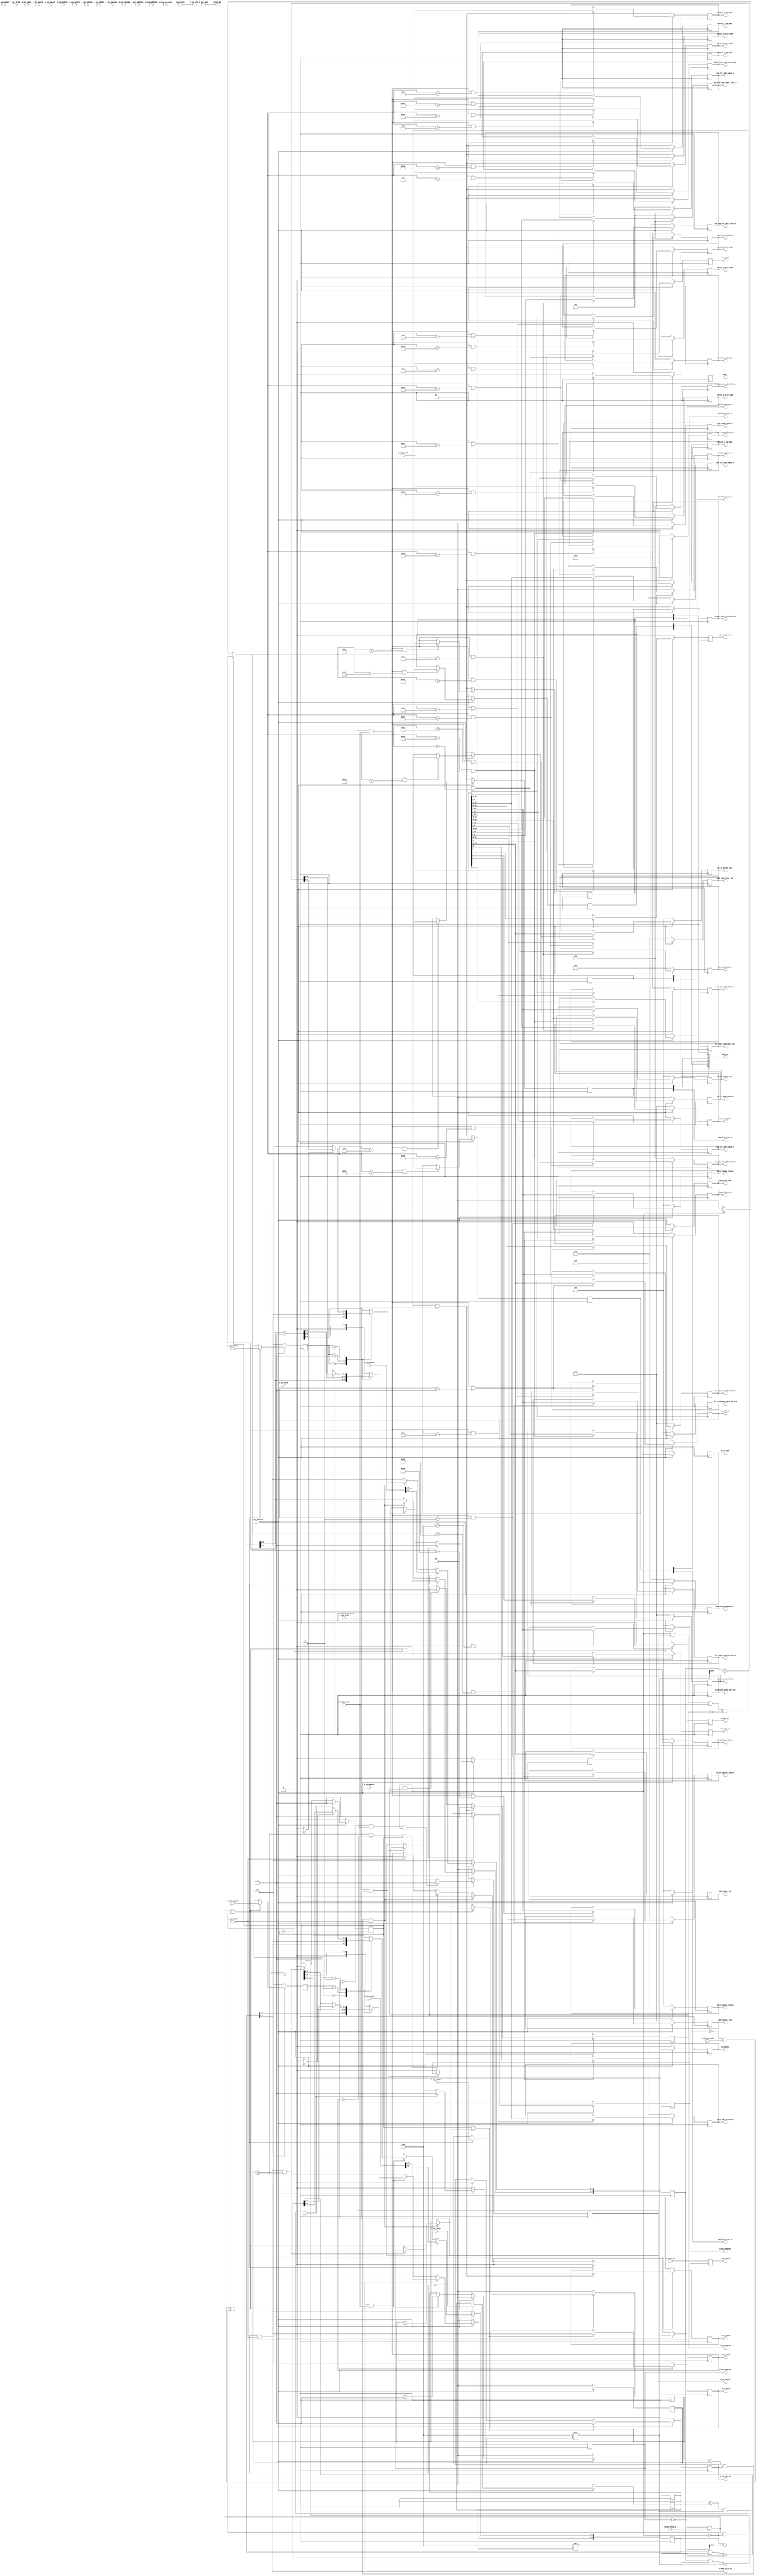

`timescale 1 ns / 1 ps

	module axi_mem #
	(
		// Users to add parameters here

		// User parameters ends
		// Do not modify the parameters beyond this line

		// Width of ID for for write address, write data, read address and read data
		parameter integer C_S_AXI_ID_WIDTH	= 1,
		// Width of S_AXI data bus
		parameter integer C_S_AXI_DATA_WIDTH	= 32,
		// Width of S_AXI address bus
		parameter integer C_S_AXI_ADDR_WIDTH	= 10,
		// Width of optional user defined signal in write address channel
		parameter integer C_S_AXI_AWUSER_WIDTH	= 0,
		// Width of optional user defined signal in read address channel
		parameter integer C_S_AXI_ARUSER_WIDTH	= 0,
		// Width of optional user defined signal in write data channel
		parameter integer C_S_AXI_WUSER_WIDTH	= 0,
		// Width of optional user defined signal in read data channel
		parameter integer C_S_AXI_RUSER_WIDTH	= 0,
		// Width of optional user defined signal in write response channel
		parameter integer C_S_AXI_BUSER_WIDTH	= 0
	)
	(
		// Users to add ports here
		// general layer parameters and start signal
		output wire Start,

		output wire max_pool_en,

		output wire expand_en,

		output wire in_layer_ddr3_data_rdy,

		output wire [15:0] No_of_input_layers,

		output wire [15:0] No_of_rows,

		output wire [15:0] No_of_cols,

		// processing module specific parameters
		output  wire 			[15:0] 									No_of_expand_layers,
		output  wire 			[15:0] 									No_of_squeeze_layers,

		// input layer specific parameter
		output  wire 			[31:0]									input_layer_axi_start_addr,
		output  wire 													larger_block_en,
		output  wire 			[15:0]									allocated_space_per_row,
		output  wire 													stride2en,
		output  wire 			[7:0]									burst_per_row,
		output  wire 			[3:0]									read_burst_len,

		// parameters for kernel loader

		output 					[4:0]									skip_en,

		output  wire 			[31:0]									kernel_0_start_addr,
		output  wire 			[31:0]									kernel_0_end_addr,
		output															kernel_0_wrap_en,

		output  wire 			[31:0]									kernel_1_start_addr,
		output  wire 			[31:0]									kernel_1_end_addr,
		output															kernel_1_wrap_en,

		output  wire 			[31:0]									kernel_2_start_addr,
		output  wire 			[31:0]									kernel_2_end_addr,
		output															kernel_2_wrap_en,

		output  wire 			[31:0]									kernel_3_start_addr,
		output  wire 			[31:0]									kernel_3_end_addr,
		output															kernel_3_wrap_en,

		output  wire 			[31:0]									kernel_4_start_addr,
		output  wire 			[31:0]									kernel_4_end_addr,
		output															kernel_4_wrap_en,


		// parameters for output layer

		output  wire 			[15:0] 									No_of_output_layers,
		output  wire 			[15:0] 									No_of_output_rows,
		output  wire 			[15:0] 									No_of_output_cols,
		output  wire 			[31:0] 									output_layer_axi_address,

		output  wire 			 										out_larger_block_en,  				
		output  wire 			[15:0] 									out_allocated_space_per_row,  		
		output  wire 			[7:0] 									out_burst_per_row,  				
		output  wire 			[3:0] 									out_read_burst_len,  				


		// Debug interface
		input   wire            [31:0] 									stream_in,
		output   wire                                            		stream_in_rd_en,
		input 	wire            [7:0]    								stream_in_count,

		// Parameters for FIRE Layer
		output 	reg 													squ_repeat_en_o,
		output 	reg 													avg_en_o,
		output 	reg 			[6:0]  									one_exp_ker_addr_limit_o, 
		output 	reg 			[5:0]  									exp_ker_depth_o, 	  	
		output 	reg 			[6:0] 									layer_dimension_o, 		
		output 	reg 			[11:0] 									tot_exp1_ker_addr_limit_o, 
		output 	reg 			[10:0] 									one_exp_layer_addr_limit_o, 
		output 	reg 			[5:0]  									no_of_exp_kernals_o, 	
		output 	reg 			[7:0]  									exp_123_addr_space_o, 	
		output 	reg 			[7:0]  									exp_12_addr_space_o, 	
		output 	reg 			[7:0]  									exp_1_addr_space_o, 		
		output 	reg 			[10:0] 									exp_tot_addr_space_o, 	
		output 	reg 			[9:0]  									max_tot_addr_space_o, 	
		output 	reg 			[11:0] 									tot_squ_ker_addr_limit_o, 
		output 	reg 			[5:0]  									one_squ_ker_addr_limit_o, 
		output 	reg 			[15:0] 									tot_repeat_squ_kernals_o,
		output 	reg 			[5:0]  									squ_kernals_63_o, 		
		output 	reg 			[8:0]  									tot_squ_addr_limit_o, 	
		output 	reg 			[9:0]  									no_of_squ_kernals_o, 	
		output 	reg 			[8:0]  									squ_3x3_ker_depth_o, 	
		output 	reg 			[6:0]  									squ_layer_dimension_o,
		

		// User ports ends
		// Do not modify the ports beyond this line

		// Global Clock Signal
		input wire  S_AXI_ACLK,
		// Global Reset Signal. This Signal is Active LOW
		input wire  S_AXI_ARESETN,
		// Write Address ID
		input wire [C_S_AXI_ID_WIDTH-1 : 0] S_AXI_AWID,
		// Write address
		input wire [C_S_AXI_ADDR_WIDTH-1 : 0] S_AXI_AWADDR,
		// Burst length. The burst length gives the exact number of transfers in a burst
		input wire [7 : 0] S_AXI_AWLEN,
		// Burst size. This signal indicates the size of each transfer in the burst
		input wire [2 : 0] S_AXI_AWSIZE,
		// Burst type. The burst type and the size information, 
    // determine how the address for each transfer within the burst is calculated.
		input wire [1 : 0] S_AXI_AWBURST,
		// Lock type. Provides additional information about the
    // atomic characteristics of the transfer.
		input wire  S_AXI_AWLOCK,
		// Memory type. This signal indicates how transactions
    // are required to progress through a system.
		input wire [3 : 0] S_AXI_AWCACHE,
		// Protection type. This signal indicates the privilege
    // and security level of the transaction, and whether
    // the transaction is a data access or an instruction access.
		input wire [2 : 0] S_AXI_AWPROT,
		// Quality of Service, QoS identifier sent for each
    // write transaction.
		input wire [3 : 0] S_AXI_AWQOS,
		// Region identifier. Permits a single physical interface
    // on a slave to be used for multiple logical interfaces.
		input wire [3 : 0] S_AXI_AWREGION,
		// Optional User-defined signal in the write address channel.
	//	input wire [C_S_AXI_AWUSER_WIDTH-1 : 0] S_AXI_AWUSER,
		// Write address valid. This signal indicates that
    // the channel is signaling valid write address and
    // control information.
		input wire  S_AXI_AWVALID,
		// Write address ready. This signal indicates that
    // the slave is ready to accept an address and associated
    // control signals.
		output wire  S_AXI_AWREADY,
		// Write Data
		input wire [C_S_AXI_DATA_WIDTH-1 : 0] S_AXI_WDATA,
		// Write strobes. This signal indicates which byte
    // lanes hold valid data. There is one write strobe
    // bit for each eight bits of the write data bus.
		input wire [(C_S_AXI_DATA_WIDTH/8)-1 : 0] S_AXI_WSTRB,
		// Write last. This signal indicates the last transfer
    // in a write burst.
		input wire  S_AXI_WLAST,
		// Optional User-defined signal in the write data channel.
	//	input wire [C_S_AXI_WUSER_WIDTH-1 : 0] S_AXI_WUSER,
		// Write valid. This signal indicates that valid write
    // data and strobes are available.
		input wire  S_AXI_WVALID,
		// Write ready. This signal indicates that the slave
    // can accept the write data.
		output wire  S_AXI_WREADY,
		// Response ID tag. This signal is the ID tag of the
    // write response.
		output wire [C_S_AXI_ID_WIDTH-1 : 0] S_AXI_BID,
		// Write response. This signal indicates the status
    // of the write transaction.
		output wire [1 : 0] S_AXI_BRESP,
		// Optional User-defined signal in the write response channel.
	//	output wire [C_S_AXI_BUSER_WIDTH-1 : 0] S_AXI_BUSER,
		// Write response valid. This signal indicates that the
    // channel is signaling a valid write response.
		output wire  S_AXI_BVALID,
		// Response ready. This signal indicates that the master
    // can accept a write response.
		input wire  S_AXI_BREADY,
		// Read address ID. This signal is the identification
    // tag for the read address group of signals.
		input wire [C_S_AXI_ID_WIDTH-1 : 0] S_AXI_ARID,
		// Read address. This signal indicates the initial
    // address of a read burst transaction.
		input wire [C_S_AXI_ADDR_WIDTH-1 : 0] S_AXI_ARADDR,
		// Burst length. The burst length gives the exact number of transfers in a burst
		input wire [7 : 0] S_AXI_ARLEN,
		// Burst size. This signal indicates the size of each transfer in the burst
		input wire [2 : 0] S_AXI_ARSIZE,
		// Burst type. The burst type and the size information, 
    // determine how the address for each transfer within the burst is calculated.
		input wire [1 : 0] S_AXI_ARBURST,
		// Lock type. Provides additional information about the
    // atomic characteristics of the transfer.
		input wire  S_AXI_ARLOCK,
		// Memory type. This signal indicates how transactions
    // are required to progress through a system.
		input wire [3 : 0] S_AXI_ARCACHE,
		// Protection type. This signal indicates the privilege
    // and security level of the transaction, and whether
    // the transaction is a data access or an instruction access.
		input wire [2 : 0] S_AXI_ARPROT,
		// Quality of Service, QoS identifier sent for each
    // read transaction.
		input wire [3 : 0] S_AXI_ARQOS,
		// Region identifier. Permits a single physical interface
    // on a slave to be used for multiple logical interfaces.
		input wire [3 : 0] S_AXI_ARREGION,
		// Optional User-defined signal in the read address channel.
	//	input wire [C_S_AXI_ARUSER_WIDTH-1 : 0] S_AXI_ARUSER,
		// Write address valid. This signal indicates that
    // the channel is signaling valid read address and
    // control information.
		input wire  S_AXI_ARVALID,
		// Read address ready. This signal indicates that
    // the slave is ready to accept an address and associated
    // control signals.
		output wire  S_AXI_ARREADY,
		// Read ID tag. This signal is the identification tag
    // for the read data group of signals generated by the slave.
		output wire [C_S_AXI_ID_WIDTH-1 : 0] S_AXI_RID,
		// Read Data
		output wire [C_S_AXI_DATA_WIDTH-1 : 0] S_AXI_RDATA,
		// Read response. This signal indicates the status of
    // the read transfer.
		output wire [1 : 0] S_AXI_RRESP,
		// Read last. This signal indicates the last transfer
    // in a read burst.
		output wire  S_AXI_RLAST,
		// Optional User-defined signal in the read address channel.
	//	output wire [C_S_AXI_RUSER_WIDTH-1 : 0] S_AXI_RUSER,
		// Read valid. This signal indicates that the channel
    // is signaling the required read data.
		output wire  S_AXI_RVALID,
		// Read ready. This signal indicates that the master can
    // accept the read data and response information.
		input wire  S_AXI_RREADY
	);

	// AXI4FULL signals
	reg [C_S_AXI_ADDR_WIDTH-1 : 0] 	axi_awaddr;
	reg  	axi_awready;
	reg  	axi_wready;
	reg [1 : 0] 	axi_bresp;
	reg [C_S_AXI_BUSER_WIDTH-1 : 0] 	axi_buser;
	reg  	axi_bvalid;
	reg [C_S_AXI_ADDR_WIDTH-1 : 0] 	axi_araddr;
	reg  	axi_arready;
	reg [C_S_AXI_DATA_WIDTH-1 : 0] 	axi_rdata;
	reg [1 : 0] 	axi_rresp;
	reg  	axi_rlast;
	reg [C_S_AXI_RUSER_WIDTH-1 : 0] 	axi_ruser;
	reg  	axi_rvalid;
	// aw_wrap_en determines wrap boundary and enables wrapping
	wire aw_wrap_en;
	// ar_wrap_en determines wrap boundary and enables wrapping
	wire ar_wrap_en;
	// aw_wrap_size is the size of the write transfer, the
	// write address wraps to a lower address if upper address
	// limit is reached
	wire [31:0]  aw_wrap_size ; 
	// ar_wrap_size is the size of the read transfer, the
	// read address wraps to a lower address if upper address
	// limit is reached
	wire [31:0]  ar_wrap_size ; 
	// The axi_awv_awr_flag flag marks the presence of write address valid
	reg axi_awv_awr_flag;
	//The axi_arv_arr_flag flag marks the presence of read address valid
	reg axi_arv_arr_flag; 
	// The axi_awlen_cntr internal write address counter to keep track of beats in a burst transaction
	reg [7:0] axi_awlen_cntr;
	//The axi_arlen_cntr internal read address counter to keep track of beats in a burst transaction
	reg [7:0] axi_arlen_cntr;
	reg [1:0] axi_arburst;
	reg [1:0] axi_awburst;
	reg [7:0] axi_arlen;
	reg [7:0] axi_awlen;
	//local parameter for addressing 32 bit / 64 bit C_S_AXI_DATA_WIDTH
	//ADDR_LSB is used for addressing 32/64 bit registers/memories
	//ADDR_LSB = 2 for 32 bits (n downto 2) 
	//ADDR_LSB = 3 for 42 bits (n downto 3)

	localparam integer ADDR_LSB = (C_S_AXI_DATA_WIDTH/32)+ 1;
	localparam integer OPT_MEM_ADDR_BITS = 7;
	localparam integer USER_NUM_MEM = 1;
	//----------------------------------------------
	//-- Signals for user logic memory space example
	//------------------------------------------------
	wire [OPT_MEM_ADDR_BITS:0] mem_address;
	wire [USER_NUM_MEM-1:0] mem_select;
	reg [C_S_AXI_DATA_WIDTH-1:0] mem_data_out[0 : USER_NUM_MEM-1];

	genvar i;
	genvar j;
	genvar mem_byte_index;

	// I/O Connections assignments

	assign S_AXI_AWREADY	= axi_awready;
	assign S_AXI_WREADY	= axi_wready;
	assign S_AXI_BRESP	= axi_bresp;
	assign S_AXI_BUSER	= axi_buser;
	assign S_AXI_BVALID	= axi_bvalid;
	assign S_AXI_ARREADY	= axi_arready;
	assign S_AXI_RDATA	= axi_rdata;
	assign S_AXI_RRESP	= axi_rresp;
	assign S_AXI_RLAST	= axi_rlast;
	assign S_AXI_RUSER	= axi_ruser;
	assign S_AXI_RVALID	= axi_rvalid;
	assign S_AXI_BID = S_AXI_AWID;
	assign S_AXI_RID = S_AXI_ARID;
	assign  aw_wrap_size = (C_S_AXI_DATA_WIDTH/8 * (axi_awlen)); 
	assign  ar_wrap_size = (C_S_AXI_DATA_WIDTH/8 * (axi_arlen)); 
	assign  aw_wrap_en = ((axi_awaddr & aw_wrap_size) == aw_wrap_size)? 1'b1: 1'b0;
	assign  ar_wrap_en = ((axi_araddr & ar_wrap_size) == ar_wrap_size)? 1'b1: 1'b0;
	assign S_AXI_BUSER = 0;

	// Implement axi_awready generation

	// axi_awready is asserted for one S_AXI_ACLK clock cycle when both
	// S_AXI_AWVALID and S_AXI_WVALID are asserted. axi_awready is
	// de-asserted when reset is low.

	always @( posedge S_AXI_ACLK )
	begin
	  if ( S_AXI_ARESETN == 1'b0 )
	    begin
	      axi_awready <= 1'b0;
	      axi_awv_awr_flag <= 1'b0;
	    end 
	  else
	    begin    
	      if (~axi_awready && S_AXI_AWVALID && ~axi_awv_awr_flag && ~axi_arv_arr_flag)
	        begin
	          // slave is ready to accept an address and
	          // associated control signals
	          axi_awready <= 1'b1;
	          axi_awv_awr_flag  <= 1'b1; 
	          // used for generation of bresp() and bvalid
	        end
	      else if (S_AXI_WLAST && axi_wready)          
	      // preparing to accept next address after current write burst tx completion
	        begin
	          axi_awv_awr_flag  <= 1'b0;
	        end
	      else        
	        begin
	          axi_awready <= 1'b0;
	        end
	    end 
	end       
	// Implement axi_awaddr latching

	// This process is used to latch the address when both 
	// S_AXI_AWVALID and S_AXI_WVALID are valid. 

	always @( posedge S_AXI_ACLK )
	begin
	  if ( S_AXI_ARESETN == 1'b0 )
	    begin
	      axi_awaddr <= 0;
	      axi_awlen_cntr <= 0;
	      axi_awburst <= 0;
	      axi_awlen <= 0;
	    end 
	  else
	    begin    
	      if (~axi_awready && S_AXI_AWVALID && ~axi_awv_awr_flag)
	        begin
	          // address latching 
	          axi_awaddr <= S_AXI_AWADDR[C_S_AXI_ADDR_WIDTH - 1:0];  
	           axi_awburst <= S_AXI_AWBURST; 
	           axi_awlen <= S_AXI_AWLEN;     
	          // start address of transfer
	          axi_awlen_cntr <= 0;
	        end   
	      else if((axi_awlen_cntr <= axi_awlen) && axi_wready && S_AXI_WVALID)        
	        begin

	          axi_awlen_cntr <= axi_awlen_cntr + 1;

	          case (axi_awburst)
	            2'b00: // fixed burst
	            // The write address for all the beats in the transaction are fixed
	              begin
	                axi_awaddr <= axi_awaddr;          
	                //for awsize = 4 bytes (010)
	              end   
	            2'b01: //incremental burst
	            // The write address for all the beats in the transaction are increments by awsize
	              begin
	                axi_awaddr[C_S_AXI_ADDR_WIDTH - 1:ADDR_LSB] <= axi_awaddr[C_S_AXI_ADDR_WIDTH - 1:ADDR_LSB] + 1;
	                //awaddr aligned to 4 byte boundary
	                axi_awaddr[ADDR_LSB-1:0]  <= {ADDR_LSB{1'b0}};   
	                //for awsize = 4 bytes (010)
	              end   
	            2'b10: //Wrapping burst
	            // The write address wraps when the address reaches wrap boundary 
	              if (aw_wrap_en)
	                begin
	                  axi_awaddr <= (axi_awaddr - aw_wrap_size); 
	                end
	              else 
	                begin
	                  axi_awaddr[C_S_AXI_ADDR_WIDTH - 1:ADDR_LSB] <= axi_awaddr[C_S_AXI_ADDR_WIDTH - 1:ADDR_LSB] + 1;
	                  axi_awaddr[ADDR_LSB-1:0]  <= {ADDR_LSB{1'b0}}; 
	                end                      
	            default: //reserved (incremental burst for example)
	              begin
	                axi_awaddr <= axi_awaddr[C_S_AXI_ADDR_WIDTH - 1:ADDR_LSB] + 1;
	                //for awsize = 4 bytes (010)
	              end
	          endcase              
	        end
	    end 
	end       
	// Implement axi_wready generation

	// axi_wready is asserted for one S_AXI_ACLK clock cycle when both
	// S_AXI_AWVALID and S_AXI_WVALID are asserted. axi_wready is 
	// de-asserted when reset is low. 

	always @( posedge S_AXI_ACLK )
	begin
	  if ( S_AXI_ARESETN == 1'b0 )
	    begin
	      axi_wready <= 1'b0;
	    end 
	  else
	    begin    
	      if ( ~axi_wready && S_AXI_WVALID && axi_awv_awr_flag)
	        begin
	          // slave can accept the write data
	          axi_wready <= 1'b1;
	        end
	      //else if (~axi_awv_awr_flag)
	      else if (S_AXI_WLAST && axi_wready)
	        begin
	          axi_wready <= 1'b0;
	        end
	    end 
	end       
	// Implement write response logic generation

	// The write response and response valid signals are asserted by the slave 
	// when axi_wready, S_AXI_WVALID, axi_wready and S_AXI_WVALID are asserted.  
	// This marks the acceptance of address and indicates the status of 
	// write transaction.

	always @( posedge S_AXI_ACLK )
	begin
	  if ( S_AXI_ARESETN == 1'b0 )
	    begin
	      axi_bvalid <= 0;
	      axi_bresp <= 2'b0;
	    end 
	  else
	    begin    
	      if (axi_awv_awr_flag && axi_wready && S_AXI_WVALID && ~axi_bvalid && S_AXI_WLAST )
	        begin
	          axi_bvalid <= 1'b1;
	          axi_bresp  <= 2'b0; 
	          // 'OKAY' response 
	        end                   
	      else
	        begin
	          if (S_AXI_BREADY && axi_bvalid) 
	          //check if bready is asserted while bvalid is high) 
	          //(there is a possibility that bready is always asserted high)   
	            begin
	              axi_bvalid <= 1'b0; 
	            end  
	        end
	    end
	 end   
	// Implement axi_arready generation

	// axi_arready is asserted for one S_AXI_ACLK clock cycle when
	// S_AXI_ARVALID is asserted. axi_awready is 
	// de-asserted when reset (active low) is asserted. 
	// The read address is also latched when S_AXI_ARVALID is 
	// asserted. axi_araddr is reset to zero on reset assertion.

	always @( posedge S_AXI_ACLK )
	begin
	  if ( S_AXI_ARESETN == 1'b0 )
	    begin
	      axi_arready <= 1'b0;
	      axi_arv_arr_flag <= 1'b0;
	    end 
	  else
	    begin    
	      if (~axi_arready && S_AXI_ARVALID && ~axi_awv_awr_flag && ~axi_arv_arr_flag)
	        begin
	          axi_arready <= 1'b1;
	          axi_arv_arr_flag <= 1'b1;
	        end
	      else if (axi_rvalid && S_AXI_RREADY && axi_arlen_cntr == axi_arlen)
	      // preparing to accept next address after current read completion
	        begin
	          axi_arv_arr_flag  <= 1'b0;
	        end
	      else        
	        begin
	          axi_arready <= 1'b0;
	        end
	    end 
	end       
	// Implement axi_araddr latching

	//This process is used to latch the address when both 
	//S_AXI_ARVALID and S_AXI_RVALID are valid. 
	always @( posedge S_AXI_ACLK )
	begin
	  if ( S_AXI_ARESETN == 1'b0 )
	    begin
	      axi_araddr <= 0;
	      axi_arlen_cntr <= 0;
	      axi_arburst <= 0;
	      axi_arlen <= 0;
	      axi_rlast <= 1'b0;
	    end 
	  else
	    begin    
	      if (~axi_arready && S_AXI_ARVALID && ~axi_arv_arr_flag)
	        begin
	          // address latching 
	          axi_araddr <= S_AXI_ARADDR[C_S_AXI_ADDR_WIDTH - 1:0]; 
	          axi_arburst <= S_AXI_ARBURST; 
	          axi_arlen <= S_AXI_ARLEN;     
	          // start address of transfer
	          axi_arlen_cntr <= 0;
	          axi_rlast <= 1'b0;
	        end   
	      else if((axi_arlen_cntr <= axi_arlen) && axi_rvalid && S_AXI_RREADY)        
	        begin
	         
	          axi_arlen_cntr <= axi_arlen_cntr + 1;
	          axi_rlast <= 1'b0;
	        
	          case (axi_arburst)
	            2'b00: // fixed burst
	             // The read address for all the beats in the transaction are fixed
	              begin
	                axi_araddr       <= axi_araddr;        
	                //for arsize = 4 bytes (010)
	              end   
	            2'b01: //incremental burst
	            // The read address for all the beats in the transaction are increments by awsize
	              begin
	                axi_araddr[C_S_AXI_ADDR_WIDTH - 1:ADDR_LSB] <= axi_araddr[C_S_AXI_ADDR_WIDTH - 1:ADDR_LSB] + 1; 
	                //araddr aligned to 4 byte boundary
	                axi_araddr[ADDR_LSB-1:0]  <= {ADDR_LSB{1'b0}};   
	                //for awsize = 4 bytes (010)
	              end   
	            2'b10: //Wrapping burst
	            // The read address wraps when the address reaches wrap boundary 
	              if (ar_wrap_en) 
	                begin
	                  axi_araddr <= (axi_araddr - ar_wrap_size); 
	                end
	              else 
	                begin
	                axi_araddr[C_S_AXI_ADDR_WIDTH - 1:ADDR_LSB] <= axi_araddr[C_S_AXI_ADDR_WIDTH - 1:ADDR_LSB] + 1; 
	                //araddr aligned to 4 byte boundary
	                axi_araddr[ADDR_LSB-1:0]  <= {ADDR_LSB{1'b0}};   
	                end                      
	            default: //reserved (incremental burst for example)
	              begin
	                axi_araddr <= axi_araddr[C_S_AXI_ADDR_WIDTH - 1:ADDR_LSB]+1;
	                //for arsize = 4 bytes (010)
	              end
	          endcase              
	        end
	      else if((axi_arlen_cntr == axi_arlen) && ~axi_rlast && axi_arv_arr_flag )   
	        begin
	          axi_rlast <= 1'b1;
	        end          
	      else if (S_AXI_RREADY)   
	        begin
	          axi_rlast <= 1'b0;
	        end          
	    end 
	end       
	// Implement axi_arvalid generation

	// axi_rvalid is asserted for one S_AXI_ACLK clock cycle when both 
	// S_AXI_ARVALID and axi_arready are asserted. The slave registers 
	// data are available on the axi_rdata bus at this instance. The 
	// assertion of axi_rvalid marks the validity of read data on the 
	// bus and axi_rresp indicates the status of read transaction.axi_rvalid 
	// is deasserted on reset (active low). axi_rresp and axi_rdata are 
	// cleared to zero on reset (active low).  

	always @( posedge S_AXI_ACLK )
	begin
	  if ( S_AXI_ARESETN == 1'b0 )
	    begin
	      axi_rvalid <= 0;
	      axi_rresp  <= 0;
	    end 
	  else
	    begin    
	      if (axi_arv_arr_flag && ~axi_rvalid)
	        begin
	          axi_rvalid <= 1'b1;
	          axi_rresp  <= 2'b0; 
	          // 'OKAY' response
	        end   
	      else if (axi_rvalid && S_AXI_RREADY)
	        begin
	          axi_rvalid <= 1'b0;
	        end            
	    end
	end    
	// ------------------------------------------
	// -- Example code to access user logic memory region
	// ------------------------------------------

	generate
	  if (USER_NUM_MEM >= 1)
	    begin
	      assign mem_select  = 1;
	      assign mem_address = (axi_arv_arr_flag? axi_araddr[ADDR_LSB+OPT_MEM_ADDR_BITS:ADDR_LSB]:(axi_awv_awr_flag? axi_awaddr[ADDR_LSB+OPT_MEM_ADDR_BITS:ADDR_LSB]:0));
	    end
	endgenerate
	     
	// implement Block RAM(s)
	// generate 
	//   for(i=0; i<= USER_NUM_MEM-1; i=i+1)
	//     begin:BRAM_GEN
	//       wire mem_rden;
	//       wire mem_wren;
	
	//       assign mem_wren = axi_wready && S_AXI_WVALID ;
	
	//       assign mem_rden = axi_arv_arr_flag ; //& ~axi_rvalid
	     
	//       for(mem_byte_index=0; mem_byte_index<= (C_S_AXI_DATA_WIDTH/8-1); mem_byte_index=mem_byte_index+1)
	//       begin:BYTE_BRAM_GEN
	//         wire [8-1:0] data_in ;
	//         wire [8-1:0] data_out;
	//         reg  [8-1:0] byte_ram [0 : 255];
	//         integer  j;
	     
	//         //assigning 8 bit data
	//         assign data_in  = S_AXI_WDATA[(mem_byte_index*8+7) -: 8];
	//         assign data_out = byte_ram[mem_address];
	     
	//         always @( posedge S_AXI_ACLK )
	//         begin
	//           if (mem_wren && S_AXI_WSTRB[mem_byte_index])
	//             begin
	//               byte_ram[mem_address] <= data_in;
	//             end   
	//         end    
	      
	//         always @( posedge S_AXI_ACLK )
	//         begin
	//           if (mem_rden)
	//             begin
	//               mem_data_out[i][(mem_byte_index*8+7) -: 8] <= data_out;
	//             end   
	//         end    
	               
	//     end
	//   end       
	// endgenerate
	//Output register or memory read data

	always @(posedge S_AXI_ACLK)
	begin
	      // Read address mux
	      axi_rdata <= stream_in; //mem_data_out[0];
  
	end    

	// Add user logic here

	//------------------------------------------------------------------------------------
	//-------------------- Logic for getting parameters-----------------------------------
	//------------------------------------------------------------------------------------

	// following parameter will be fetched from address
	// 	  ADDR                   PARAMETER

			// common paprameters and input layer
	// 0x00000000 ------- 		 (byte0[0] == Start processing), (byte0[1] = max_pool_en), ((byte0[2] = expand_en), ((byte0[3] = in_layer_ddr3_data_rdy), (byte1 = layer_ID) , (byte2, byte3 = No_of_input_layers)
	// 0x00000004 -------        (byte1, byte0 = No_of_rows), (byte3, byte2 = no_of_cols)
	// 0x00000008 -------        (byte0, byte1 == No_of_expand_layers), (byte2, byte3 = No_of_squeeze_layers)
	// 0x0000000c -------        start of input layer axi address
	// 0x00000010 -------        (byte01, byte0 = allocated_space_per_row), (byte2 = burst_per_row),  (byte3[7:4] = read_burst_len, byte3[25:24] = stride2en, larger_block_en)
	 

			//kernel loader parameter
	// 0x00000020 -------        kernel0 settings
	// 0x00000024 -------        kernel0 - AXI address start
	// 0x00000028 -------        kernel0 - AXI end address 

	// 0x00000030 -------        kernel1 settings 
	// 0x00000034 -------        kernel1 - AXI address start
	// 0x00000038 -------        kernel1 - AXI end address

	// 0x00000040 -------        kernel2 settings 
	// 0x00000044 -------        kernel2 - AXI address start
	// 0x00000048 -------        kernel2 - AXI end address

	// 0x00000050 -------        kernel3 settings 
	// 0x00000054 -------        kernel3 - AXI address start
	// 0x00000058 -------        kernel3 - AXI end address

	// 0x00000060 -------        kernel4 settings 
	// 0x00000064 -------        kernel4 - AXI address start
	// 0x00000068 -------        kernel4 - AXI end address


			// output layer parameters
	// 0x00000080 -------        (byte0, byte1 = No of output layers ) 
	// 0x00000084 -------        (byte0, byte1 = No_of_rows, byte2, byte3 = no_of_cols)
	// 0x00000088 -------        start of output layer axi address
	// 0x0000008c -------        (byte01, byte0 = out_allocated_space_per_row), (byte2 = out_burst_per_row),  (byte3[31:28] = write_burst_len, byte3[24:24] = larger_block_en)

	/*
		input 															start_i;
		input 															exp_1x1_en_i;
		input 															max_en_i;
		input 															squ_repeat_en_i;
		input 															avg_en_i;
		Configurations :- EXPAND KERNAL CONTROLLER
		one_exp_ker_addr_limit_i 	:- [6:0]  	[NO of expand kernals / 4]
		exp_ker_depth_i 	  		:- [5:0] 	[depth - 1]
		layer_dimension_i 			:- [6:0]	[dimnision -1]
		tot_exp1_ker_addr_limit_i 	:- [11:0] 	[(NO of expand kernals * depth) / 4 ] - 1
		one_exp_layer_addr_limit_i 	:- [10:0] 	[(dimension * expand kernals / 4)] - 1
		no_of_exp_kernals_i 		:- [5:0] 	[2 * NO of expand kernals / 8 - 1]
		exp_123_addr_space_i 		:- [7:0] 	[expand kernal / 4 * 3] - 1 	
		exp_12_addr_space_i 		:- [7:0] 	[expand kernal / 4 * 2]
		exp_1_addr_space_i 			:- [7:0] 	[expand kernal / 4 * 1] - 1
		exp_tot_addr_space_i 		:- [10:0] 	[expand layer dim * expand kernal / 4] - 2
		max_tot_addr_space_i 		:- [9:0] 	[max layer dim * expand kernal / 4] - 2
		tot_squ_ker_addr_limit_i 	:- [11:0] 	[(NO of squeeze kernals * depth / 8 ] - 1
		one_squ_ker_addr_limit_i 	:- [5:0] 	[(depth / 2) / 8]
		tot_repeat_squ_kernals_i	:- [15:0] 	[No of squeeze kernal * layer height]
		squ_kernals_63_i 			:- [5:0] 	[No of squeeze kernal - 1] 		//if(>63) ? 63 : actual
		tot_squ_addr_limit_i 		:- [8:0] 	[(dimension * depth / 2) / 8] - 1
		no_of_squ_kernals_i 		:- [9:0] 	[No of squeeze kernal - 1]
		squ_3x3_ker_depth_i 		:- [8:0] 	[squeeze 3x3 depth]
		squ_layer_dimension_i 		:- [6:0] 	[Squeeze layer dimension - 1] // After max pool

		0x00000100 		-	{byte 0 :- one_exp_ker_addr_limit_i; byte 1:- exp_ker_depth_i; byte 2:- layer_dimension_i}
		0x00000104 		-	{byte 0, byte 1 :- tot_exp1_ker_addr_limit_i; byte 2, byte 3 :- one_exp_layer_addr_limit_i}
		0x00000108 		-	{byte 0 :- no_of_exp_kernals_i; byte 1:- exp_123_addr_space_i; byte 2:- exp_12_addr_space_i; byte 3:- exp_1_addr_space_i}
		0x0000010C 		-	{byte 0,1 :- exp_tot_addr_space_i; byte 2,3:- max_tot_addr_space_i}
		0x00000110 		-	{byte 0,1 :- tot_squ_ker_addr_limit_i; byte 2:- one_squ_ker_addr_limit_i}
		0x00000114 		-	{byte 0,1 :- tot_repeat_squ_kernals_i; byte 2:- squ_kernals_63_i;}
		0x00000118 		-	{byte 0,1 :- tot_squ_addr_limit_i; byte 2,3:- no_of_squ_kernals_i;}
		0x0000011C 		-	{byte 0,1 :- squ_3x3_ker_depth_i; byte 2:- squ_layer_dimension_i;}
	*/

	// Common parameters
		reg r_Start;
		reg [7:0] r_layer_ID;
		reg r_max_pool_en;
		reg r_expand_en;
		reg r_in_layer_ddr3_data_rdy;
		reg [15:0] r_No_of_input_layers;
		reg [15:0] r_No_of_input_layer_rows;
		reg [15:0] r_no_of_input_layer_cols;


		reg [15:0] r_No_of_expand_layers;
		reg [15:0] r_No_of_squeeze_layers;

	// input layer specific parameters
		reg [31:0] r_input_layer_axi_address;
		reg r_larger_block_en;
		reg r_stride2en;
		reg [15:0] r_allocated_space_per_row;
		reg [7:0] r_burst_per_row;
		reg [3:0] r_read_burst_len;

	// parameters for kerel loader
		reg [31:0] r_kernel0_settings;
		reg [31:0] r_kernel0_axi_start_addr;
		reg [31:0] r_kernel0_axi_end_addr;

		reg [31:0] r_kernel1_settings;
		reg [31:0] r_kernel1_axi_start_addr;
		reg [31:0] r_kernel1_axi_end_addr;

		reg [31:0] r_kernel2_settings;
		reg [31:0] r_kernel2_axi_start_addr;
		reg [31:0] r_kernel2_axi_end_addr;

		reg [31:0] r_kernel3_settings;
		reg [31:0] r_kernel3_axi_start_addr;
		reg [31:0] r_kernel3_axi_end_addr;

		reg [31:0] r_kernel4_settings;
		reg [31:0] r_kernel4_axi_start_addr;
		reg [31:0] r_kernel4_axi_end_addr;

	// parameters for output layers
		reg [15:0] r_No_of_output_layers;
		reg [15:0] r_No_of_output_rows;
		reg [15:0] r_No_of_output_cols;
		reg [31:0] r_output_layer_axi_address;

		reg r_out_larger_block_en;
		reg [15:0] r_out_allocated_space_per_row;
		reg [7:0] r_out_burst_per_row;
		reg [3:0] r_out_read_burst_len;



		// start signal
		assign mem_wren = axi_wready && S_AXI_WVALID ;
		always @(posedge S_AXI_ACLK) begin : proc_addr0
			if(~S_AXI_ARESETN) begin
				r_Start 					<= 0;
				r_layer_ID 					<= 0;
				r_max_pool_en 				<= 0;
				r_expand_en 				<= 0;
				r_No_of_input_layers 		<= 0;
				r_in_layer_ddr3_data_rdy 	<= 0;
				squ_repeat_en_o 			<= 0;
				avg_en_o 					<= 0;
			end else if(mem_wren && mem_address == 0)begin
				r_Start 					<= S_AXI_WDATA[0:0];
				r_layer_ID 					<= S_AXI_WDATA[15:8];
				r_max_pool_en 				<= S_AXI_WDATA[1:1];
				r_expand_en 				<= S_AXI_WDATA[2:2];
				r_No_of_input_layers 		<= S_AXI_WDATA[31:16];
				r_in_layer_ddr3_data_rdy 	<= S_AXI_WDATA[3:3];
				squ_repeat_en_o 			<= S_AXI_WDATA[4:4];
				avg_en_o 					<= S_AXI_WDATA[5:5];
			end else begin
				r_Start 					<= 0;
				r_max_pool_en 				<= 0;
				r_expand_en 				<= 0;
				squ_repeat_en_o 			<= 0;
				avg_en_o 					<= 0;
			end
		end

		always @(posedge S_AXI_ACLK) begin : proc_row_cols
			if(~S_AXI_ARESETN) begin
				r_No_of_input_layer_rows <= 0;
				r_no_of_input_layer_cols <= 0;
			end else if(mem_wren && mem_address == 1) begin
				r_No_of_input_layer_rows <= S_AXI_WDATA[15:0];
				r_no_of_input_layer_cols <= S_AXI_WDATA[31:16];
			end
		end

		always @(posedge S_AXI_ACLK) begin : proc_squezze_exp
			if(~S_AXI_ARESETN) begin
				r_No_of_expand_layers <= 0;
				r_No_of_squeeze_layers <= 0;
			end else if(mem_wren && mem_address == 2) begin
				r_No_of_expand_layers <= S_AXI_WDATA[15:0];
				r_No_of_squeeze_layers <= S_AXI_WDATA[31:16];
			end
		end


		// input layer parameters
		always @(posedge S_AXI_ACLK) begin : proc_r_input_layer_axi_address
			if(~S_AXI_ARESETN) begin
				r_input_layer_axi_address <= 0;
			end else if(mem_wren && mem_address == 3) begin
				r_input_layer_axi_address <= S_AXI_WDATA;
			end
		end


		always @(posedge S_AXI_ACLK) begin : proc_mem_address_4
			if(~S_AXI_ARESETN) begin
				r_larger_block_en <= 0;
				r_stride2en <= 0;
				r_allocated_space_per_row <= 0;
				r_burst_per_row <= 0;
				r_read_burst_len <= 0;
			end else if(mem_wren && mem_address == 4)begin
				r_larger_block_en <= S_AXI_WDATA[24:24];
				r_stride2en <= S_AXI_WDATA[25:25];
				r_allocated_space_per_row <= S_AXI_WDATA[15:0];
				r_burst_per_row <= S_AXI_WDATA[23:16];
				r_read_burst_len <= S_AXI_WDATA[31:28];
			end
		end



		// Kernel loader parameters
		// kerel 0
		always @(posedge S_AXI_ACLK) begin : proc_r_kernel0_settings
			if(~S_AXI_ARESETN) begin
				r_kernel0_settings <= 0;
			end else if(mem_wren && mem_address == 8) begin
				r_kernel0_settings <= S_AXI_WDATA;
			end
		end
		always @(posedge S_AXI_ACLK) begin : proc_r_kernel0_axi_start_addr
			if(~S_AXI_ARESETN) begin
				r_kernel0_axi_start_addr <= 0;
			end else if(mem_wren && mem_address == 9) begin
				r_kernel0_axi_start_addr <= S_AXI_WDATA;
			end
		end
		always @(posedge S_AXI_ACLK) begin : proc_r_kernel0_axi_end_addr
			if(~S_AXI_ARESETN) begin
				r_kernel0_axi_end_addr <= 0;
			end else if(mem_wren && mem_address == 10) begin
				r_kernel0_axi_end_addr <= S_AXI_WDATA;
			end
		end
		//-------------------------------------------------------------

		// kernel 1
		always @(posedge S_AXI_ACLK) begin : proc_r_kernel1_settings
			if(~S_AXI_ARESETN) begin
				r_kernel1_settings <= 0;
			end else if(mem_wren && mem_address == 12) begin
				r_kernel1_settings <= S_AXI_WDATA;
			end
		end
		always @(posedge S_AXI_ACLK) begin : proc_r_kernel1_axi_start_addr
			if(~S_AXI_ARESETN) begin
				r_kernel1_axi_start_addr <= 0;
			end else if(mem_wren && mem_address == 13) begin
				r_kernel1_axi_start_addr <= S_AXI_WDATA;
			end
		end
		always @(posedge S_AXI_ACLK) begin : proc_r_kernel1_axi_end_addr
			if(~S_AXI_ARESETN) begin
				r_kernel1_axi_end_addr <= 0;
			end else if(mem_wren && mem_address == 14) begin
				r_kernel1_axi_end_addr <= S_AXI_WDATA;
			end
		end
		//--------------------------------------------------------------

		// kernel 2
		always @(posedge S_AXI_ACLK) begin : proc_r_kernel2_settings
			if(~S_AXI_ARESETN) begin
				r_kernel2_settings <= 0;
			end else if(mem_wren && mem_address == 16) begin
				r_kernel2_settings <= S_AXI_WDATA;
			end
		end
		always @(posedge S_AXI_ACLK) begin : proc_r_kernel2_axi_start_addr
			if(~S_AXI_ARESETN) begin
				r_kernel2_axi_start_addr <= 0;
			end else if(mem_wren && mem_address == 17) begin
				r_kernel2_axi_start_addr <= S_AXI_WDATA;
			end
		end
		always @(posedge S_AXI_ACLK) begin : proc_r_kernel2_axi_end_addr
			if(~S_AXI_ARESETN) begin
				r_kernel2_axi_end_addr <= 0;
			end else if(mem_wren && mem_address == 18) begin
				r_kernel2_axi_end_addr <= S_AXI_WDATA;
			end
		end
		//-------------------------------------------------------------

		// kernel 3
		always @(posedge S_AXI_ACLK) begin : proc_r_kernel3_settings
			if(~S_AXI_ARESETN) begin
				r_kernel3_settings <= 0;
			end else if(mem_wren && mem_address == 20) begin
				r_kernel3_settings <= S_AXI_WDATA;
			end
		end
		always @(posedge S_AXI_ACLK) begin : proc_r_kernel3_axi_start_addr
			if(~S_AXI_ARESETN) begin
				r_kernel3_axi_start_addr <= 0;
			end else if(mem_wren && mem_address == 21) begin
				r_kernel3_axi_start_addr <= S_AXI_WDATA;
			end
		end
		always @(posedge S_AXI_ACLK) begin : proc_r_kernel3_axi_end_addr
			if(~S_AXI_ARESETN) begin
				r_kernel3_axi_end_addr <= 0;
			end else if(mem_wren && mem_address == 22) begin
				r_kernel3_axi_end_addr <= S_AXI_WDATA;
			end
		end
		//-------------------------------------------------------------

		// kernel 4
		always @(posedge S_AXI_ACLK) begin : proc_r_kernel4_settings
			if(~S_AXI_ARESETN) begin
				r_kernel4_settings <= 0;
			end else if(mem_wren && mem_address == 24) begin
				r_kernel4_settings <= S_AXI_WDATA;
			end
		end
		always @(posedge S_AXI_ACLK) begin : proc_r_kernel4_axi_start_addr
			if(~S_AXI_ARESETN) begin
				r_kernel4_axi_start_addr <= 0;
			end else if(mem_wren && mem_address == 25) begin
				r_kernel4_axi_start_addr <= S_AXI_WDATA;
			end
		end
		always @(posedge S_AXI_ACLK) begin : proc_r_kernel4_axi_end_addr
			if(~S_AXI_ARESETN) begin
				r_kernel4_axi_end_addr <= 0;
			end else if(mem_wren && mem_address == 26) begin
				r_kernel4_axi_end_addr <= S_AXI_WDATA;
			end
		end
		//-------------------------------------------------------------

		// output layer parameters
		always @(posedge S_AXI_ACLK) begin : proc_r_No_of_output_layers
			if(~S_AXI_ARESETN) begin
				r_No_of_output_layers <= 0;
			end else if(mem_wren && mem_address == 32) begin
				r_No_of_output_layers <= S_AXI_WDATA[15:0];
			end
		end
		always @(posedge S_AXI_ACLK) begin : proc_r_No_of_output_rows
			if(~S_AXI_ARESETN) begin
				r_No_of_output_rows <= 0;
				r_No_of_output_cols <= 0;
			end else if(mem_wren && mem_address == 33) begin
				r_No_of_output_rows <= S_AXI_WDATA[15:0];
				r_No_of_output_cols <= S_AXI_WDATA[31:16];
			end
		end

		always @(posedge S_AXI_ACLK) begin : proc_r_output_layer_axi_address
			if(~S_AXI_ARESETN) begin
				r_output_layer_axi_address <= 0;
			end else if(mem_wren && mem_address == 34) begin
				r_output_layer_axi_address <= S_AXI_WDATA;
			end
		end

		always @(posedge S_AXI_ACLK) begin : proc_mem_address35
			if(~S_AXI_ARESETN) begin
				r_out_larger_block_en <= 0;
				r_out_allocated_space_per_row <= 0;
				r_out_burst_per_row <= 0;
				r_out_read_burst_len <= 0;
			end else if(mem_wren && mem_address == 35) begin
				r_out_larger_block_en <= S_AXI_WDATA[24:24];
				r_out_allocated_space_per_row <= S_AXI_WDATA[15:0];
				r_out_burst_per_row <= S_AXI_WDATA[23:16];
				r_out_read_burst_len <= S_AXI_WDATA[31:28];
			end
		end


	// FIRE Layer COnfiguration
	always @(posedge S_AXI_ACLK) begin : proc_mem_address36
		if(~S_AXI_ARESETN) begin
			one_exp_ker_addr_limit_o	<= 0;
			exp_ker_depth_o				<= 0;
			layer_dimension_o			<= 0;
		end else if(mem_wren && mem_address == 36) begin
			one_exp_ker_addr_limit_o	<= S_AXI_WDATA[06:00];
			exp_ker_depth_o				<= S_AXI_WDATA[13:08];
			layer_dimension_o			<= S_AXI_WDATA[22:16];
		end
	end
	always @(posedge S_AXI_ACLK) begin : proc_mem_address37
		if(~S_AXI_ARESETN) begin
			tot_exp1_ker_addr_limit_o 	<= 0;
			one_exp_layer_addr_limit_o 	<= 0;
		end else if(mem_wren && mem_address == 37) begin
			tot_exp1_ker_addr_limit_o	<= S_AXI_WDATA[11:00];
			one_exp_layer_addr_limit_o	<= S_AXI_WDATA[26:16];
		end
	end
	always @(posedge S_AXI_ACLK) begin : proc_mem_address38
		if(~S_AXI_ARESETN) begin
			no_of_exp_kernals_o 		<= 0;
			exp_123_addr_space_o 		<= 0;
			exp_12_addr_space_o 		<= 0;
			exp_1_addr_space_o 			<= 0;
		end else if(mem_wren && mem_address == 38) begin
			no_of_exp_kernals_o 		<= S_AXI_WDATA[05:00];
			exp_123_addr_space_o 		<= S_AXI_WDATA[15:08];
			exp_12_addr_space_o 		<= S_AXI_WDATA[23:16];
			exp_1_addr_space_o 			<= S_AXI_WDATA[31:24];
		end
	end
	always @(posedge S_AXI_ACLK) begin : proc_mem_address39
		if(~S_AXI_ARESETN) begin
			exp_tot_addr_space_o 		<= 0;
			max_tot_addr_space_o 		<= 0;
		end else if(mem_wren && mem_address == 39) begin
			exp_tot_addr_space_o 		<= S_AXI_WDATA[10:0];
			max_tot_addr_space_o 		<= S_AXI_WDATA[25:16];
		end
	end
	always @(posedge S_AXI_ACLK) begin : proc_mem_address40
		if(~S_AXI_ARESETN) begin
			tot_squ_ker_addr_limit_o 	<= 0;
			one_squ_ker_addr_limit_o 	<= 0;
		end else if(mem_wren && mem_address == 40) begin
			tot_squ_ker_addr_limit_o 	<=  S_AXI_WDATA[11:0];
			one_squ_ker_addr_limit_o 	<=  S_AXI_WDATA[21:16];
		end
	end
	always @(posedge S_AXI_ACLK) begin : proc_mem_address41
		if(~S_AXI_ARESETN) begin
			tot_repeat_squ_kernals_o 	<= 0;
			squ_kernals_63_o 			<= 0;
		end else if(mem_wren && mem_address == 41) begin
			tot_repeat_squ_kernals_o 	<= S_AXI_WDATA[15:0];
			squ_kernals_63_o 			<= S_AXI_WDATA[21:16];
		end
	end
	always @(posedge S_AXI_ACLK) begin : proc_mem_address42
		if(~S_AXI_ARESETN) begin
			tot_squ_addr_limit_o 		<= 0;
			no_of_squ_kernals_o 		<= 0;
		end else if(mem_wren && mem_address == 42) begin
			tot_squ_addr_limit_o 		<= S_AXI_WDATA[8:0];
			no_of_squ_kernals_o 		<= S_AXI_WDATA[25:16];
		end
	end
	always @(posedge S_AXI_ACLK) begin : proc_mem_address43
		if(~S_AXI_ARESETN) begin
			squ_3x3_ker_depth_o 		<= 0;
			squ_layer_dimension_o 		<= 0;
		end else if(mem_wren && mem_address == 43) begin
			squ_3x3_ker_depth_o 		<= S_AXI_WDATA[8:0];
			squ_layer_dimension_o 		<= S_AXI_WDATA[22:16];
		end
	end

		// IO interface
		// common parameters
		assign Start = r_Start;
		assign max_pool_en = r_max_pool_en;
		assign expand_en = r_expand_en;
		assign layer_ID = r_layer_ID;
		assign No_of_input_layers = r_No_of_input_layers;
		assign No_of_rows = r_No_of_input_layer_rows;
		assign No_of_cols = r_no_of_input_layer_cols;
		assign in_layer_ddr3_data_rdy = r_in_layer_ddr3_data_rdy;

		// specific parameter - input layer
		assign input_layer_axi_start_addr = r_input_layer_axi_address;
		assign larger_block_en = r_larger_block_en;
		assign allocated_space_per_row = r_allocated_space_per_row;
		assign stride2en = r_stride2en;
		assign burst_per_row = r_burst_per_row;
		assign read_burst_len = r_read_burst_len;

		// specific parameter - processing block
		assign No_of_expand_layers = r_No_of_expand_layers;
		assign No_of_squeeze_layers = r_No_of_squeeze_layers;

		// specific parameter - kernel loader
		assign skip_en = {r_kernel4_settings[1], r_kernel3_settings[1], r_kernel2_settings[1], r_kernel1_settings[1], r_kernel0_settings[1]};

		assign kernel_0_start_addr = r_kernel0_axi_start_addr ;
		assign kernel_0_end_addr =  r_kernel0_axi_end_addr;
		assign kernel_0_wrap_en =  r_kernel0_settings[0];

		assign kernel_1_start_addr =  r_kernel1_axi_start_addr;
		assign kernel_1_end_addr =  r_kernel1_axi_end_addr;
		assign kernel_1_wrap_en =  r_kernel1_settings[0];

		assign kernel_2_start_addr =  r_kernel2_axi_start_addr;
		assign kernel_2_end_addr =  r_kernel2_axi_end_addr;
		assign kernel_2_wrap_en =  r_kernel2_settings[0];

		assign kernel_3_start_addr =  r_kernel3_axi_start_addr;
		assign kernel_3_end_addr =  r_kernel3_axi_end_addr;
		assign kernel_3_wrap_en =  r_kernel3_settings[0];

		assign kernel_4_start_addr =  r_kernel4_axi_start_addr;
		assign kernel_4_end_addr =  r_kernel4_axi_end_addr;
		assign kernel_4_wrap_en =  r_kernel4_settings[0];

		// specific parameter - output layer
		assign No_of_output_layers = r_No_of_output_layers;
		assign No_of_output_rows = r_No_of_output_rows;
		assign No_of_output_cols = r_No_of_output_cols;
		assign output_layer_axi_address = r_output_layer_axi_address;

		assign out_larger_block_en = r_out_larger_block_en;
		assign out_allocated_space_per_row = r_out_allocated_space_per_row;
		assign out_burst_per_row = r_out_burst_per_row;
		assign out_read_burst_len = r_out_read_burst_len;



		// debug interface specifc parameter
		// AXI read interface will be used to
		// read from a streaming interface


		reg [31:0] r_debug_read_data;
		always @(posedge S_AXI_ACLK) begin : proc_
			if(~S_AXI_ARESETN) begin
				r_debug_read_data <= 0;
			end else if(mem_address == 0)begin
				r_debug_read_data <= stream_in_count;
			end else if(mem_address == 1) begin
				r_debug_read_data <= stream_in;
			end
		end

		assign stream_in_rd_en = axi_rvalid && S_AXI_RREADY;

	// User logic ends

	endmodule